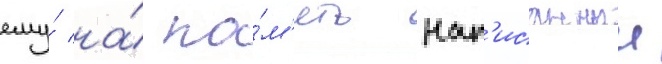
ему́ на́ па́м'ять нап'исанныи